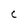
Character: C